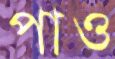
পাও